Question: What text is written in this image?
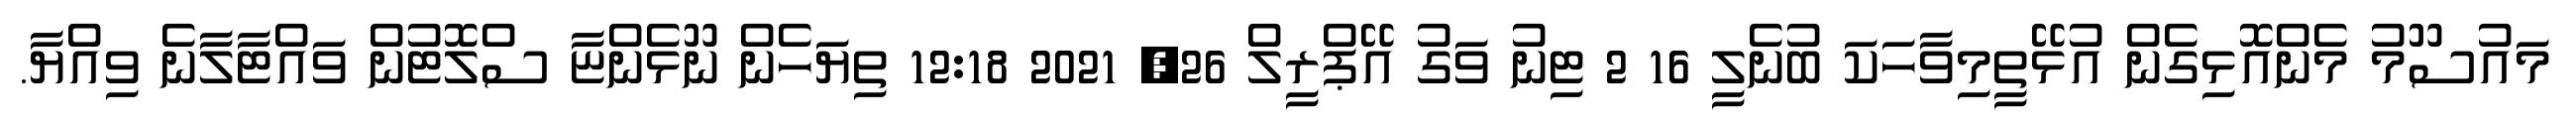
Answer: މައުސޫމު މެންއޮޅިގެން އުޅޭތީމިވާހަކަ ބުނެލީ 16 2 ޓިނު ވަގު އޭޕްރީލް 26, 2021 12:18 ތިޔަހެން ނޫޅެންޏާ ސްލޮޓުން ވައްޓާލާނެ ވިއްޔާ.